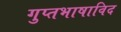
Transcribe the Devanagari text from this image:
गुप्तभाषाविद